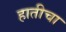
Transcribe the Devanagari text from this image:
हातीचा